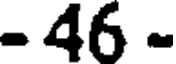
- 46 -